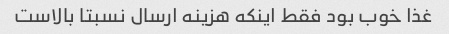
غذا خوب بود فقط اینکه هزینه ارسال نسبتا بالاست